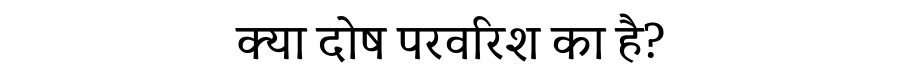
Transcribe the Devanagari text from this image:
क्या दोष परवरिश का है?